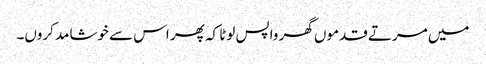
میں مرتے قدموں گھر واپس لوٹا کہ پھر اس سے خوشامد کروں۔